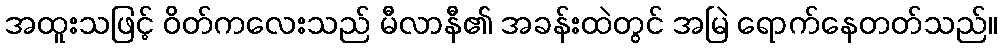
အထူးသဖြင့် ဝိတ်ကလေးသည် မီလာနီ၏ အခန်းထဲတွင် အမြဲ ရောက်နေတတ်သည်။